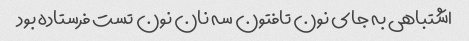
اشتباهی به جای نون تافتون سه نان نون تست فرستاده بود